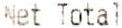
NET TOTAL